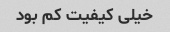
خیلی کیفیت کم بود